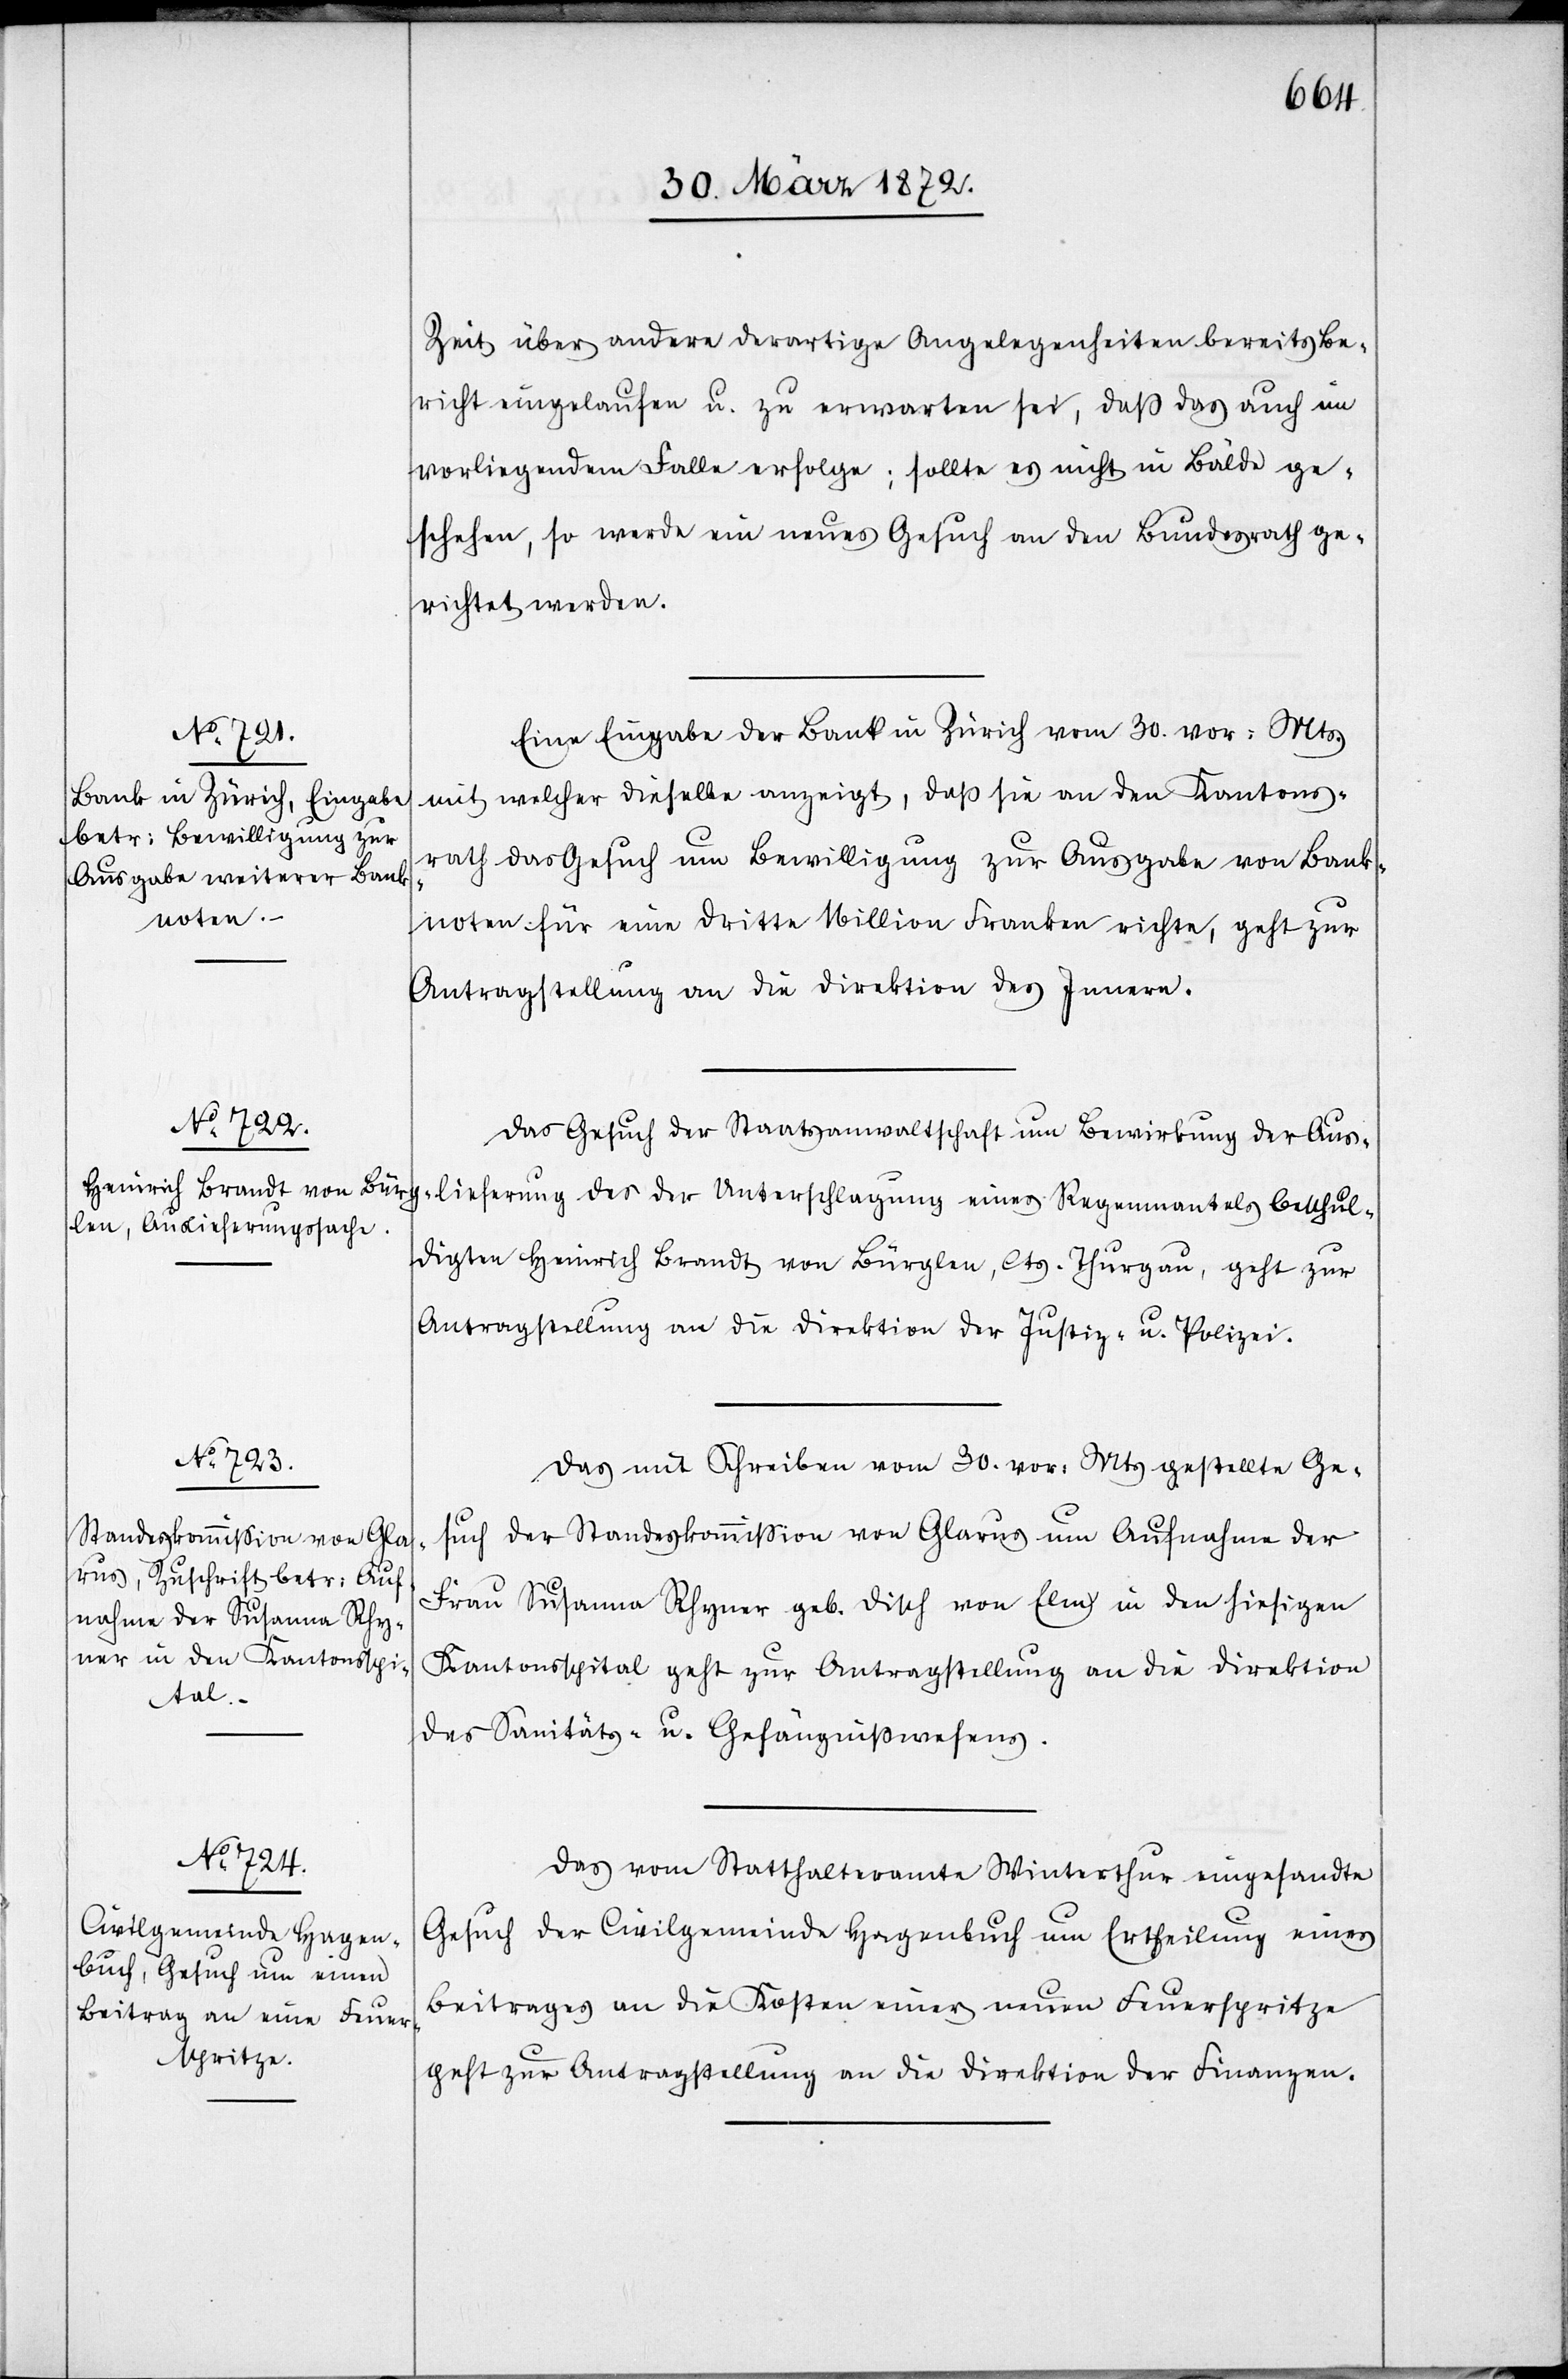
Zeit über andere derartige Angelegenheiten bereits Be¬
richt eingelaufen u. zu erwarten sei, daß das auch im
vorliegenden Falle erfolge; sollte es nicht in Bälde ge¬
schehen, so werde ein neues Gesuch an den Bundesrath ge¬
richtet werden.
Eine Eingabe der Bank in Zürich vom 30. vor: Mts.
mit welcher dieselbe anzeigt, daß sie an den Kantons¬
rath das Gesuch um Bewilligung zur Ausgabe von Bank¬
lieferung
noten für eine dritte Million Franken richte, geht zur
Antragstellung an die Direktion des Innern.
Das Gesuch der Staatsanwaltschaft um Bewirkung der Aus¬
digten Heinrich Brandt von Bürglen, Cts. Thurgau, geht zur
Antragstellung an die Direktion der Justiz- u. Polizei.
Das mit Schreiben vom 30. vor: Mts gestellte Ge¬
such der Standeskommission von Glarus um Aufnahme der
Frau Susanna Rhyner geb. Disch von Elm in den hiesigen
Kantonsspital geht zur Antragstellung an die Direktion
beschul¬
des Sanitäts- u. Gefängnißwesens.
Das vom Statthalteramte Winterthur eingesandte
Gesuch der Civilgemeinde Hagenbuch um Ertheilung eines
Beitrages an die Kosten einer neuen Feuerspritze
geht zur Antragstellung an die Direktion der Finanzen.